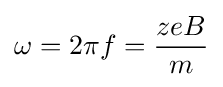
\omega =2\pi f={\frac {zeB}{m}}